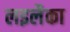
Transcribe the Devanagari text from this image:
लइलैका